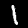
Digit: 1